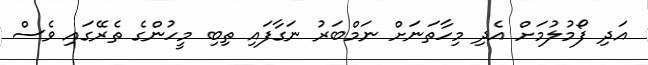
އަދި ފޯމުލުމަށް އެދި މިހާތަނަށް ނަމްބަރު ނަގާފައި ތިބި މީހުންގެ ތެރޭގައި ވެސް